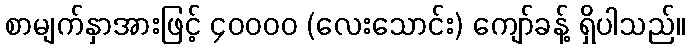
စာမျက်နှာအားဖြင့် ၄၀၀၀၀ (လေးသောင်း) ကျော်ခန့် ရှိပါသည်။